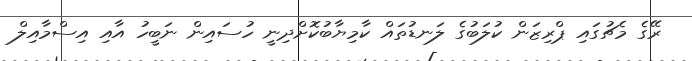
ރޭގެ މެޗުގައި ޕްރިޒަން ކުލަބުގެ ލަނޑުތައް ކާމިޔާބުކޮށްދިނީ ހުސައިން ނަބީހު އާއި އިސްމާއިލް